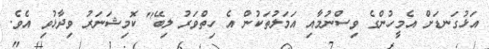
އަޅުގަނޑަށް އެމީހުންގެ ވިސްނުމާއި އަމަލުތަކުން އެ ހިތްވަރު ލިބޭ" ކޮމިޝަނަރު ވިދާޅުވި އެވެ.